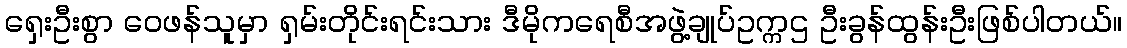
ရှေးဦးစွာ ဝေဖန်သူမှာ ရှမ်းတိုင်းရင်းသား ဒီမိုကရေစီအဖွဲ့ချုပ်ဥက္ကဌ ဦးခွန်ထွန်းဦးဖြစ်ပါတယ်။